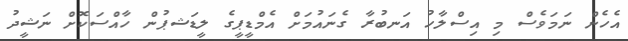
އެހެން ނަމަވެސް މި އިސްލާހު އަނބުރާ ގެނައުމަށް އެމްޑީޕީގެ ލީޑަޝޕުން ހާއްސަކޮށް ނަޝީދު